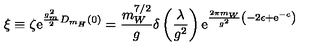
\xi \equiv \zeta \mathrm { e } ^ { \frac { g _ { m } ^ { 2 } } { 2 } D _ { m _ { H } } ( 0 ) } = \frac { m _ { W } ^ { 7 / 2 } } { g } \delta \left( \frac { \lambda } { g ^ { 2 } } \right) \mathrm { e } ^ { \frac { 2 \pi m _ { W } } { g ^ { 2 } } \left( - 2 \epsilon + \mathrm { e } ^ { - c } \right) }